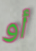
أو